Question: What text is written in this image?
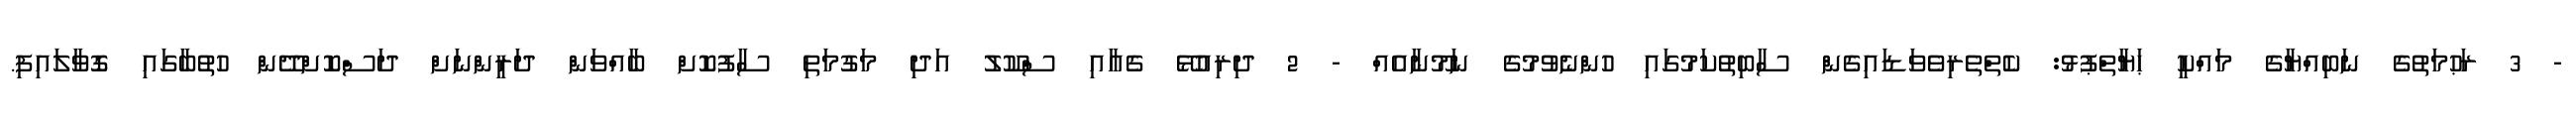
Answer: - 3 ރަޙުމަތުގެ ނަބިއްޔާގެ މައްކީ ޙަޔާތްޕުޅު: ކެތްތެރިވެވަޑައިގެން ސާބިތުކަމުގައި ހުންނެވުމުގެ ނަމޫނާއެއް - 2 ދިރިއުޅޭ ގެއާއި ސްކޫލު އަދި މަގުމަތި ސާފުކޮށް ބާއްވަން ދަރީންނަށް ދަސްކޮށްދޭން ހުތުބާގައި ގޮވާލައިފި.